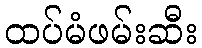
ထပ်မံဖမ်းဆီး